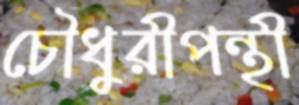
চৌধুরীপন্থী